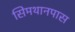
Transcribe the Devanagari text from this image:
सिमथानपास